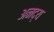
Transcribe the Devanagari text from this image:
अनद्य